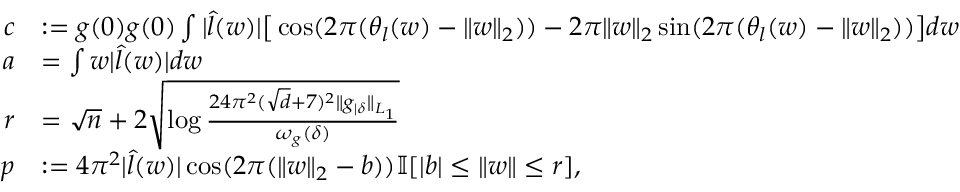
\begin{array} { r l } { c } & { : = g ( 0 ) g ( 0 ) \int | \widehat { l } ( w ) | \big [ \cos ( 2 \pi ( \theta _ { l } ( w ) - \| w \| _ { 2 } ) ) - 2 \pi \| w \| _ { 2 } \sin ( 2 \pi ( \theta _ { l } ( w ) - \| w \| _ { 2 } ) ) \big ] d w } \\ { a } & { = \int w | \widehat { l } ( w ) | d w } \\ { r } & { = \sqrt { n } + 2 \sqrt { \log \frac { 2 4 \pi ^ { 2 } ( \sqrt { d } + 7 ) ^ { 2 } \| g _ { | \delta } \| _ { L _ { 1 } } } { \omega _ { g } ( \delta ) } } } \\ { p } & { : = 4 \pi ^ { 2 } | \widehat { l } ( w ) | \cos ( 2 \pi ( \| w \| _ { 2 } - b ) ) \mathbb { I } [ | b | \leq \| w \| \leq r ] , } \end{array}